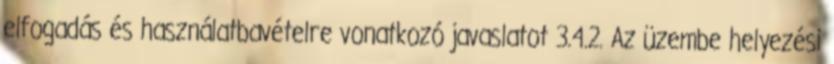
elfogadás és használatbavételre vonatkozó javaslatot 3.4.2. Az üzembe helyezési